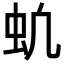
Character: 𬟵